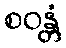
စဝန္တံ